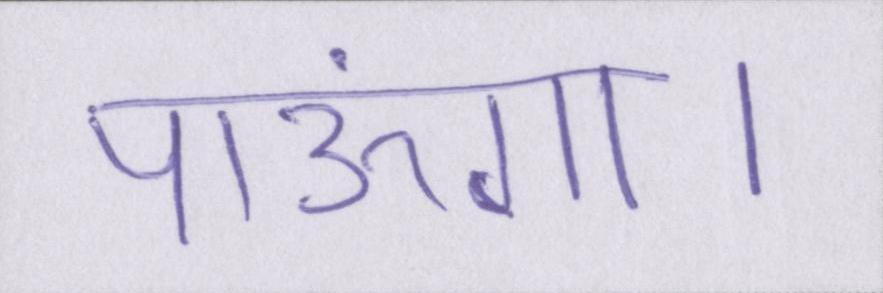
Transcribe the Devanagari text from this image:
पाऊंगा।